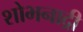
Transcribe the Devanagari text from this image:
शोभनाद्री